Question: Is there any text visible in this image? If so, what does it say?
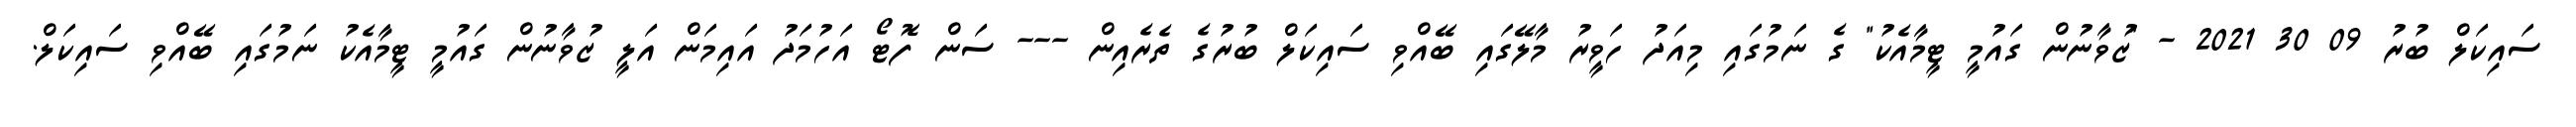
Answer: ސައިކަލް ބުރު 09 30 2021 - "ޒުވާނުން ގައުމީ ޓީމާއެކު" ގެ ނަމުގައި މިއަދު ހަވީރު މާލޭގައި ބޭއްވި ސައިކަލް ބުރުގެ ތެރެއިން --- ސަން ފޮޓޯ އަހުމަދު އައިމަން އަލީ ޒުވާނުން ގައުމީ ޓީމާއެކު ނަމުގައި ބޭއްވި ސައިކަލް.